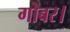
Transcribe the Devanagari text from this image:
गोबर।